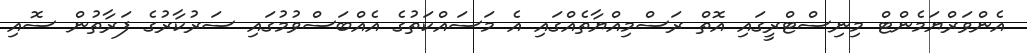
އެންވަރްޔަމެންޓް މިނިސްޓްރީގައި އޮތް ރަސްމިއްޔާތެއްގައި އެ މަސައްކަތުގެ އެއްބަސްވުމުގައި ސަރުކާރުގެ ފަރާތުން ސޮއި